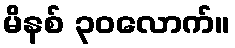
မိနစ် ၃၀လောက်။